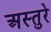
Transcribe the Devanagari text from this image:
अस्तुरे